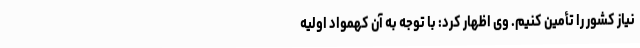
نیاز کشور را تأمین کنیم. وی اظهار کرد: با توجه به آن کهمواد اولیه